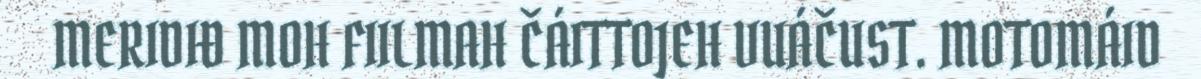
MERIDIĐ MOH FIILMAH ČÁITTOJEH VUÁČUST. MOTOMÁID